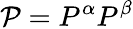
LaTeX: \mathcal{P}=P^{\alpha}P^{\beta}